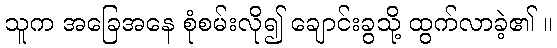
သူက အခြေအနေ စုံစမ်းလို၍ ချောင်းခွသို့ ထွက်လာခဲ့၏ ။